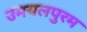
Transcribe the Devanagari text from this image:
उमयलपुरम